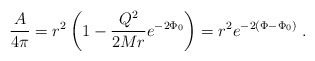
\begin{align*}{A\over4\pi}=r^2\left(1-{Q^2\over2Mr}e^{-2\Phi_0}\right)=r^2e^{-2\left(\Phi-\Phi_0\right)}\;.\end{align*}